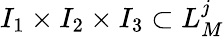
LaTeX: I_{1}\times I_{2}\times I_{3}\subset L_{M}^{j}